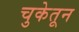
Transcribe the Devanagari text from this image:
चुकेतून